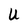
Character: U